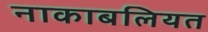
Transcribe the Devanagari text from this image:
नाकाबलियत